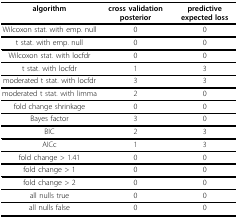
<table><thead><tr><td><b>algorithm</b></td><td><b>cross validation posterior</b></td><td><b>predictive expected loss</b></td></tr></thead><tbody><tr><td>Wilcoxon stat. with emp. null</td><td>0</td><td>0</td></tr><tr><td>t stat. with emp. null</td><td>0</td><td>0</td></tr><tr><td>Wilcoxon stat. with locfdr</td><td>0</td><td>0</td></tr><tr><td>t stat. with locfdr</td><td>1</td><td>3</td></tr><tr><td>moderated t stat. with locfdr</td><td>3</td><td>3</td></tr><tr><td>moderated t stat. with limma</td><td>2</td><td>0</td></tr><tr><td>fold change shrinkage</td><td>0</td><td>0</td></tr><tr><td>Bayes factor</td><td>3</td><td>0</td></tr><tr><td>BIC</td><td>2</td><td>3</td></tr><tr><td>AICc</td><td>1</td><td>3</td></tr><tr><td>fold change &gt; 1.41</td><td>0</td><td>0</td></tr><tr><td>fold change &gt; 1</td><td>0</td><td>0</td></tr><tr><td>fold change &gt; 2</td><td>0</td><td>0</td></tr><tr><td>all nulls true</td><td>0</td><td>0</td></tr><tr><td>all nulls false</td><td>0</td><td>0</td></tr></tbody></table>